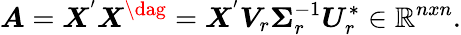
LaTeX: \boldsymbol{A}=\boldsymbol{X}^{'}\boldsymbol{X}^{\dag}=\boldsymbol{X}^{'}\boldsymbol{V}_{r}\boldsymbol{\Sigma}_{r}^{-1}\boldsymbol{U}_{r}^{*}\in\mathbb{R}^{nxn}.